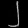
Digit: ၂